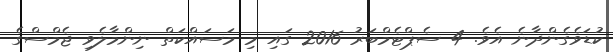
ކުޑަވެގެންދާނެ އެވެ. 4 ސެޕްޓެމްބަރު 2016 ގައި މި މަސައްކަތް ނިންމާލެވި ޖެމްސްގެ